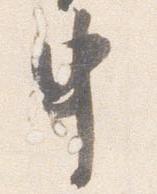
申